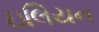
ઇલિયન